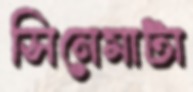
সিনেমাটা